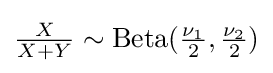
{\tfrac {X}{X+Y}}\sim \operatorname {Beta} ({\tfrac {\nu _{1}}{2}},{\tfrac {\nu _{2}}{2}})